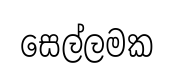
සෙල්ලමක